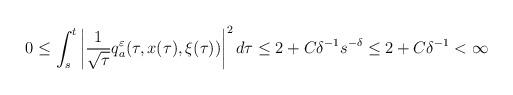
LaTeX: \begin{align*}\begin{aligned}0\le\int_s^t\left|\frac{1}{\sqrt{\tau}}q_a^{\varepsilon}(\tau,x(\tau),\xi(\tau))\right|^2d\tau\le 2+C\delta^{-1}s^{-\delta}\le 2+C\delta^{-1}<\infty\end{aligned}\end{align*}